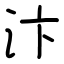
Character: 汴